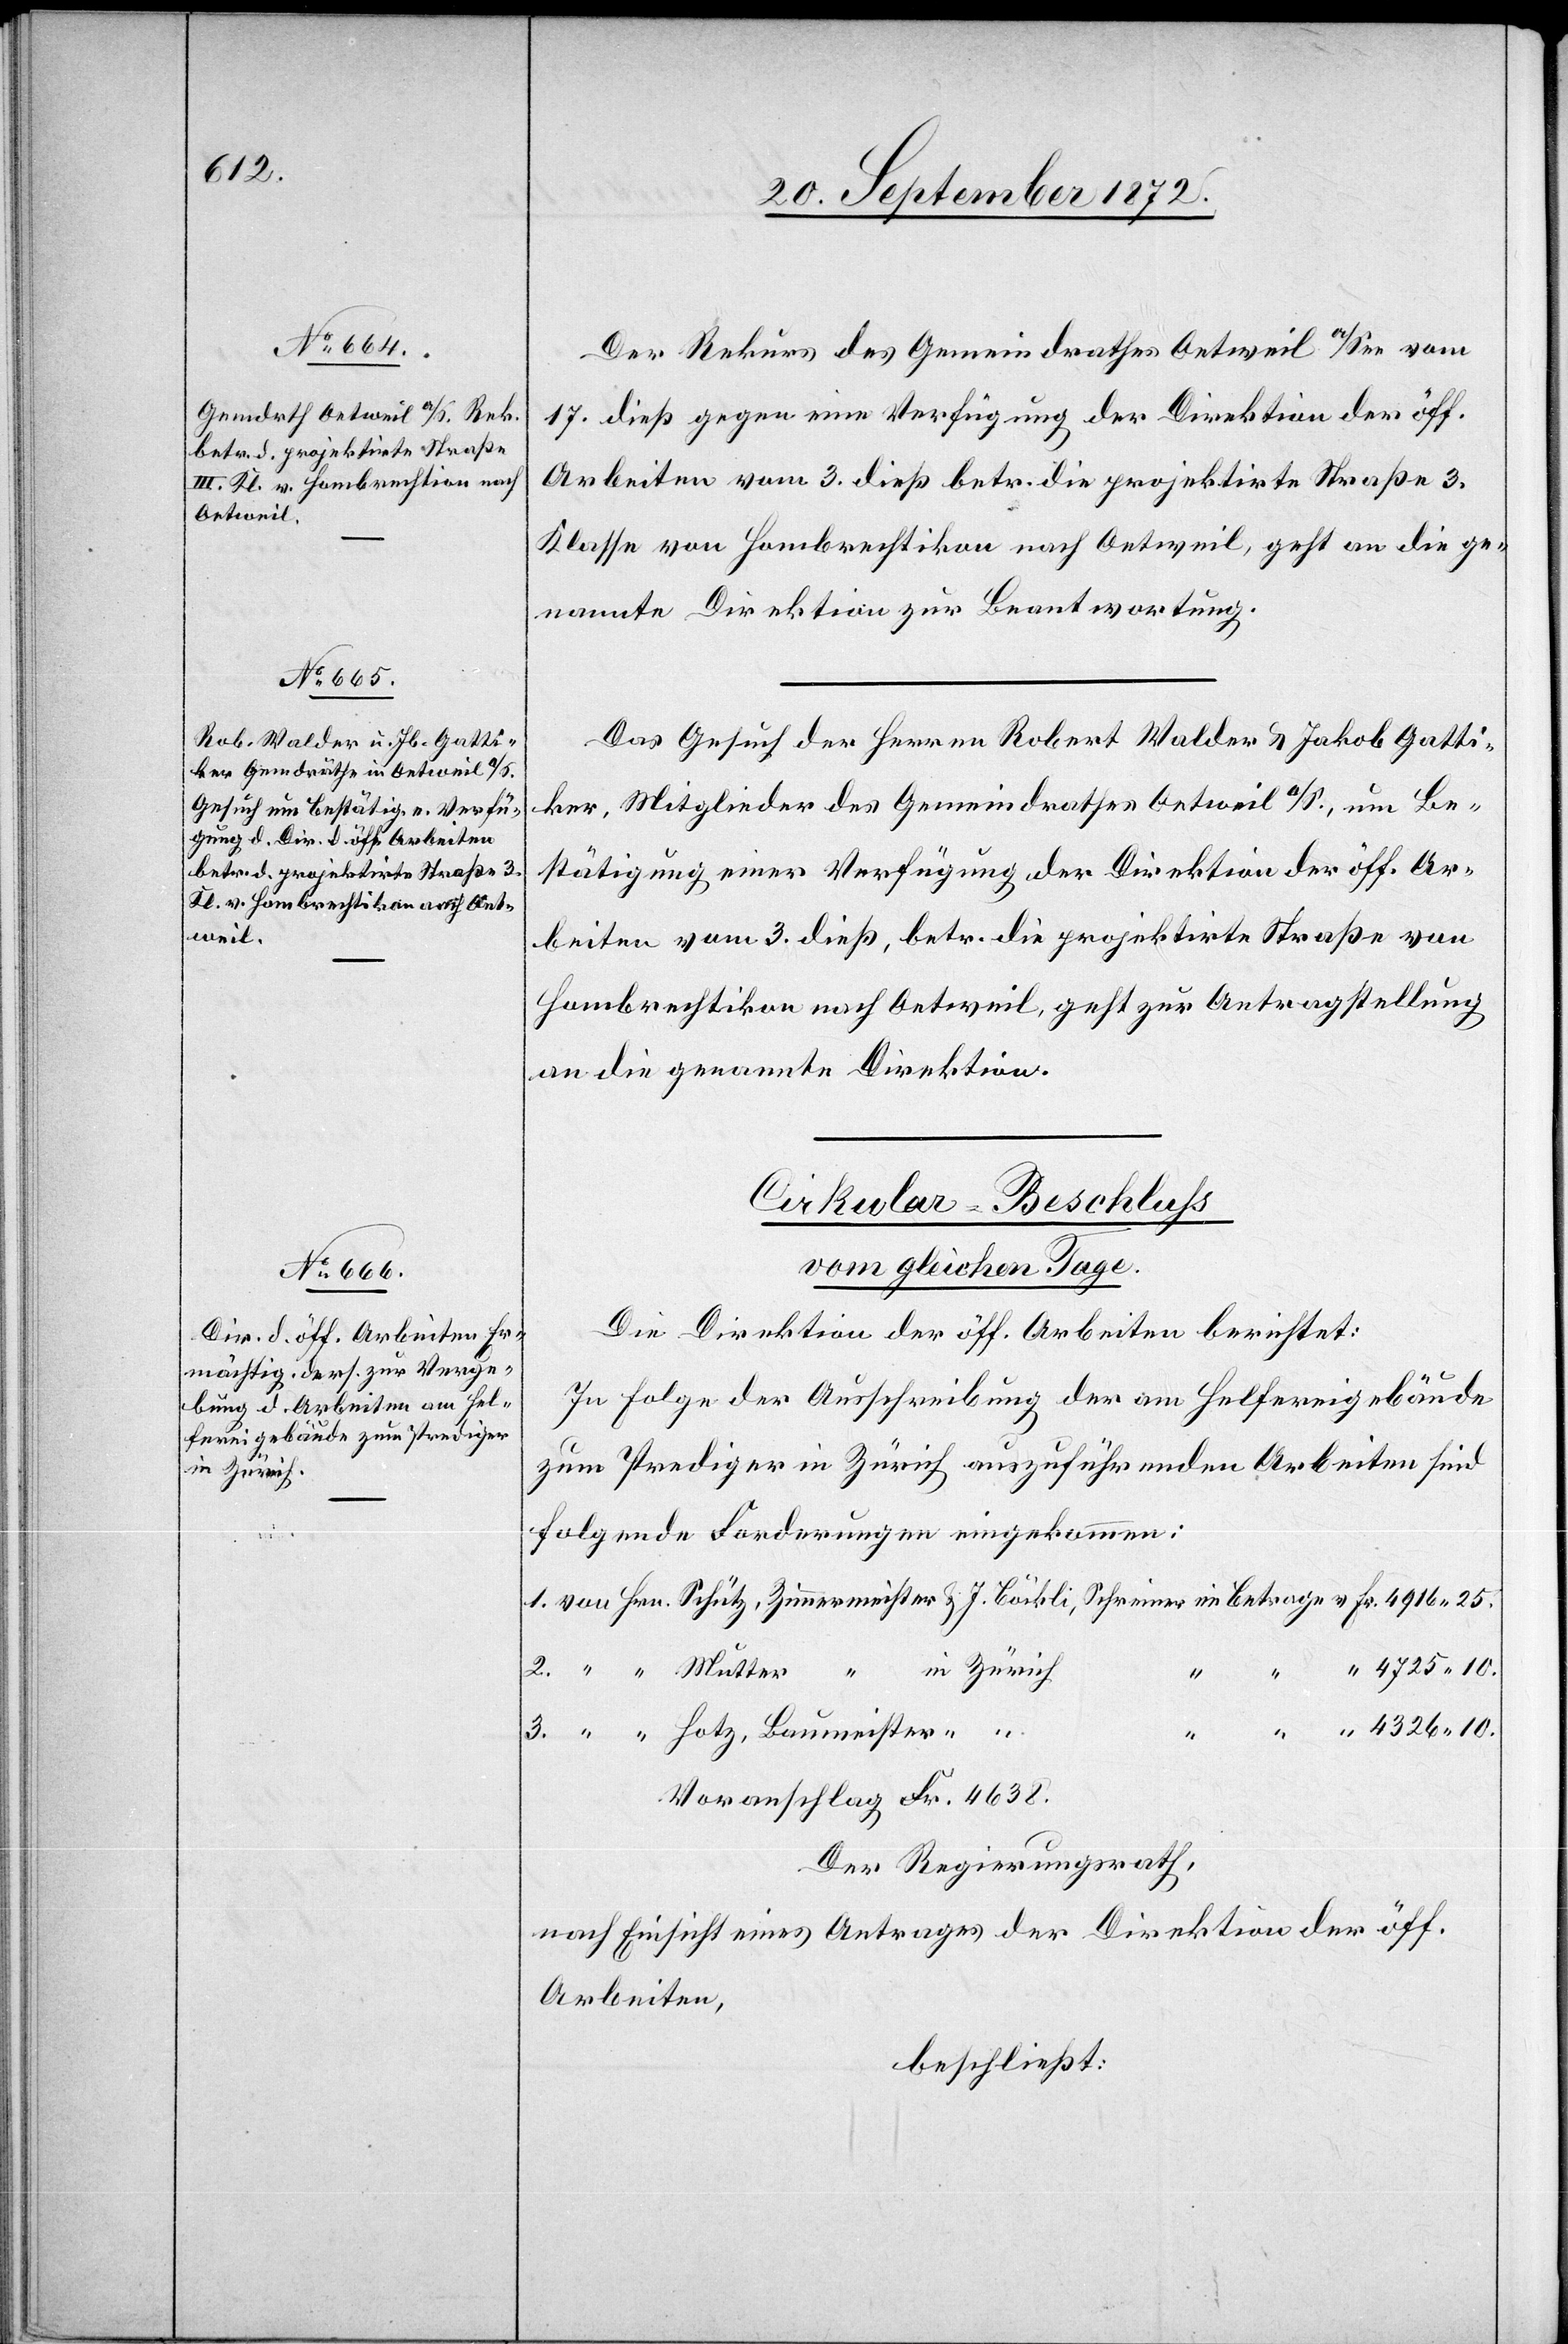
4916 25.

21. September 1872.]
Der Rekurs des Gemeindrathes Oetweil a/See vom
17. dieß gegen eine Verfügung der Direktion der öff.
Arbeiten vom 3. dieß betr. die projektirte Straße 3.
Klasse von Hombrechtikon nach Oetweil, geht an die ge¬
nannte Direktion zur Beantwortung.
Das Gesuch des Herren Robert Walder u. Jakob Gatti¬
er, Mitglieder des Gemeindrathes Oetweil a/S., um Be¬
stätigung einer Verfügung der Direktion der öff. Ar¬
beiten vom 3. dieß, betr. die projektirte Straße von
Hombrechtikon nach Oetweil, geht zur Antragstellung
an die genannte Direktion.
Cirkular-Beschluss
vom gleichen Tage.
Die Direktion der öff. Arbeiten berichtet:
In Folge der Ausschreibung der am Helfereigebäude
zum Prediger in Zürich auszuführenden Arbeiten sind
folgende Forderungen eingekommen:
in Zürich
Voranschlag Fr. 4638.
Der Regierungsrath,
nach Einsicht eines Antrages der Direktion der öff.
Arbeiten,
beschließt: